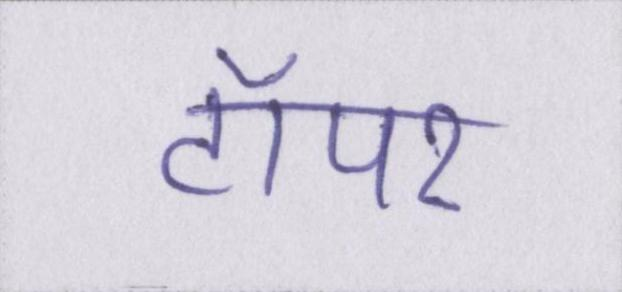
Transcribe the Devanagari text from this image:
टॉपर